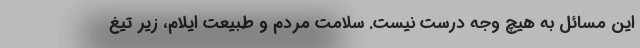
این مسائل به هیچ وجه درست نیست. سلامت مردم و طبیعت ایلام، زیر تیغ